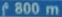
f800m